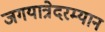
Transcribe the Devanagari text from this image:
जगयात्रेदरम्यान